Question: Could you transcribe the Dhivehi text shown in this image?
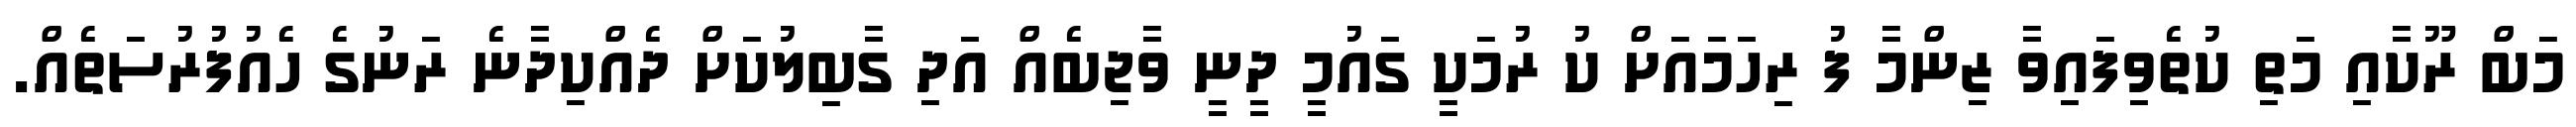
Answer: މަބް ރޫކާއި މަތި ކުތެވިފައިވާ ޒިންމާ ފު ރިހަމައަށް ކު ރުމަކީ ގައުމީ ދީނީ ވާޖިބެއް އަދި ގާބިލުކަށް ދެއްކިދާނެ ރަނުގެ ހެއުފުރުސަތެއް.